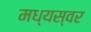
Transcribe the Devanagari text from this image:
मध्यस्वर